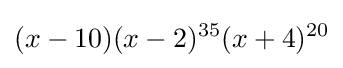
(x-10)(x-2)^{35}(x+4)^{20}